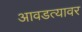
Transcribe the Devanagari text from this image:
आवडत्यावर